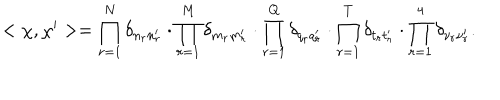
LaTeX: \begin{array} { l } { { < \chi , \chi ^ { \prime } > = \displaystyle \prod _ { r = 1 } ^ { N } \delta _ { n _ { r } n _ { r } ^ { \prime } } \cdot \displaystyle \prod _ { r = 1 } ^ { M } \delta _ { m _ { r } m _ { r } ^ { \prime } } \cdot \displaystyle \prod _ { r = 1 } ^ { Q } \delta _ { q _ { r } q _ { r } ^ { \prime } } \cdot \displaystyle \prod _ { r = 1 } ^ { T } \delta _ { t _ { r } t _ { r } ^ { \prime } } \cdot \displaystyle \prod _ { r = 1 } ^ { 4 } \delta _ { \nu _ { r } \nu _ { r } ^ { \prime } } . } } \\ \end{array}